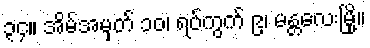
၃၄။ အိမ်အမှတ် ၁၀၊ ရပ်ကွက် ၉၊ မန္တလေးမြို့။